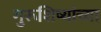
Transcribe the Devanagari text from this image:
गुरूशिष्यांच्या